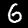
Digit: 6